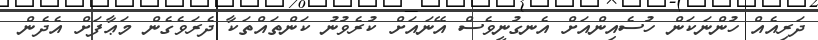
ދަރިއެއް ހުންނަކަން ހުސެއިންއަށް އެނގުނީވެސް އޭނައަށް ކުރެވުނު ކަންތައްތަކާ ދެރަވެގެން މަޢާފަށް އެދެން